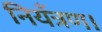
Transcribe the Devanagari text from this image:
नियँत्रण।